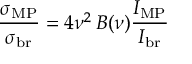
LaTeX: \frac { \sigma _ { \mathrm { M P } } } { \sigma _ { \mathrm { b r } } } = 4 \nu ^ { 2 } \, B ( \nu ) \frac { I _ { \mathrm { M P } } } { I _ { \mathrm { b r } } }